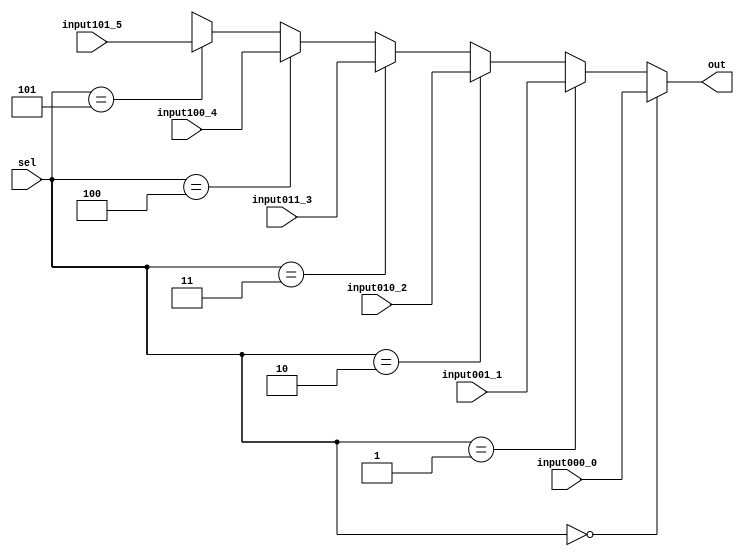
//mux 6 to 1 - 32 bits inputs e output e 3 bits sel
//MemReadCtrl

module mux6to1_32b(input wire [31:0] input000_0, 
                   input wire [31:0] input001_1, 
                   input wire [31:0] input010_2, 
                   input wire [31:0] input011_3, 
                   input wire [31:0] input100_4, 
                   input wire [31:0] input101_5, 
                   input wire [2:0] sel, 
                   output wire [31:0] out);
  
  assign out = (sel == 3'b000) ? input000_0 : 
               (sel == 3'b001) ? input001_1 :
               (sel == 3'b010) ? input010_2 :
               (sel == 3'b011) ? input011_3 :
	             (sel == 3'b100) ? input100_4 :
               (sel == 3'b101) ? input101_5 :
               32'bXXXXXXXXXXXXXXXXXXXXXXXXXXXXXXXX;
      
endmodule